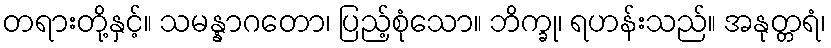
တရားတို့နှင့်။ သမန္နာဂတော၊ ပြည့်စုံသော။ ဘိက္ခု၊ ရဟန်းသည်။ အနုတ္တရံ၊